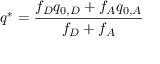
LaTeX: q ^ { * } = { \frac { f _ { D } q _ { 0 , D } + f _ { A } q _ { 0 , A } } { f _ { D } + f _ { A } } }